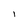
Character: 1